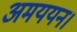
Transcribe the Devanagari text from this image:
अमययन।